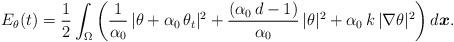
LaTeX: \begin{align*}E_{\theta} (t) = \frac{1}{2}\int_{\Omega}\left(\frac{1}{\alpha_{0}}\,|\theta + \alpha_{0}\,\theta_{t}|^{2} + \frac{(\alpha_{0}\,d - 1)}{\alpha_{0}}\,|\theta|^{2} + \alpha_{0}\,k\,|\nabla \theta|^{2}\right)d\boldsymbol{x}.\end{align*}